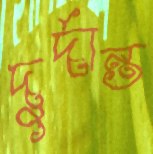
দুর্দান্ত